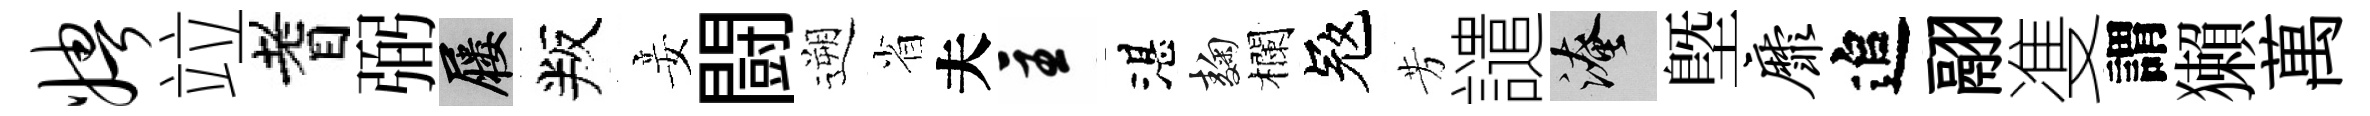
娉竝耆弼屨叛妾闘遡省夫主湛麹欄冦芳譴淹塈靡追翮㕠謂獺萬